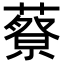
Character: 𦾍